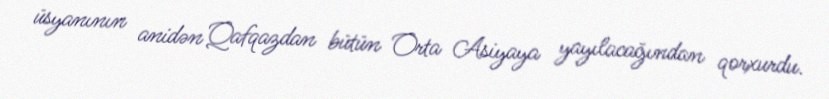
üsyanının anidən Qafqazdan bütün Orta Asiyaya yayılacağından qorxurdu.